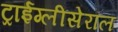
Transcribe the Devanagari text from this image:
ट्राईग्लीसेरॉल